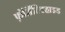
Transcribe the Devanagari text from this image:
फ़ॉर्मैल्डिहाइड